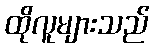
ထိုလူများသည်